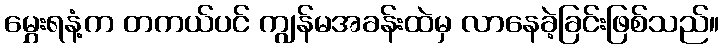
မွှေးရနံ့က တကယ်ပင် ကျွန်မအခန်းထဲမှ လာနေခဲ့ခြင်းဖြစ်သည်။